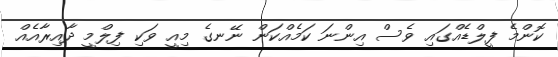
ކޮންމެ ފީލްޑެއްގައި ވެސް އިންނަ ކަމެއްކަން ނޭނގެ މިއީ ވަކި ފިލްމީ ދާއިރާއެއް